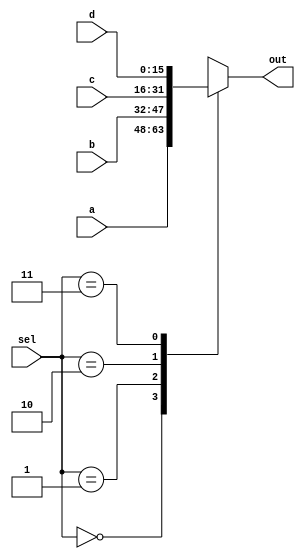
/* 4 to 1 multiplexer module (regDstDataMux.v) outputs the corresponding signal based on the selection signal received. 
*/
module regDstDataMux(a, b, c, d, out, sel);
	input [15:0] a;
	input [15:0] b;
	input [15:0] c;
	input [15:0] d;
	input [1:0] sel;

	output [15:0] out;
	reg [15:0] out;
	always @ (sel or a or b or c or d)
	begin
		case(sel)
			0: out = a;
			1: out = b;
			2: out = c;
			3: out = d;
			`ifdef DEBUG
				default: $display("Debug msg: there was an error triggered in the program.");
			`endif
		endcase
	end
endmodule